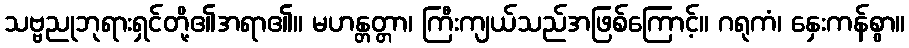
သဗ္ဗညုဘုရားရှင်တို့၏အရာ၏။ မဟန္တတ္တာ၊ ကြီးကျယ်သည်အဖြစ်ကြောင့်။ ဂရုကံ၊ နှေးကန်စွာ။